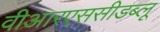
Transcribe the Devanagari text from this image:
वीआरएससीडब्लू